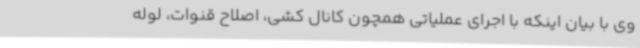
وی با بیان اینکه با اجرای عملیاتی همچون کانال کشی، اصلاح قنوات، لوله